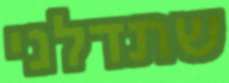
שתדלני